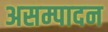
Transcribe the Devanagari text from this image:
असम्पादन